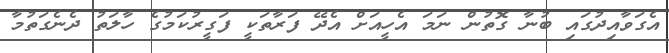
އެގަވާއިދުގައި ބުނާ ގޮތުން ނަމަ އެހީއަށް އެދޭ ފަރާތަކީ ފަގީރުކަމުގެ ހާލަތު ދެނެގަތުމާ